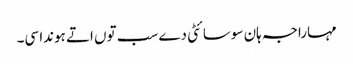
مہاراجہ ہان سوسائٹی دے سب توں اتے ہوندا سی۔